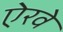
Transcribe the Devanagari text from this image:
ऐरवे